Insane asylums Bombay 1873-77 - 1873-1877
Year: 1873
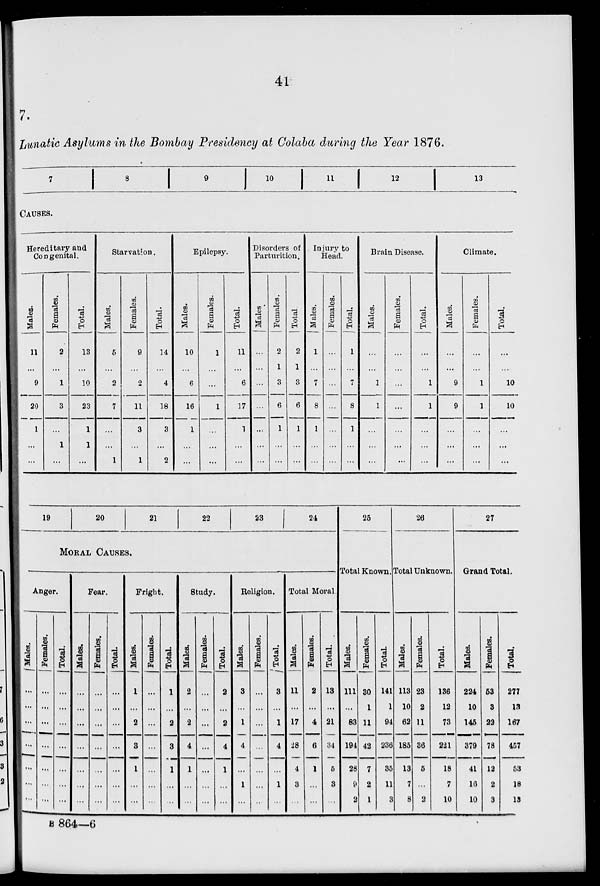
41
7.
Lunatic Asylums in the Bombay Presidency at Colaba during the Year 1876.
7
8
9
10 11 12
13
CAUSES.
Hereditary and
Congenital.
Males.
11
...
9
20
1
...
...
Females.
2
...
1
3
...
1
...
Total.
13
...
10
23
1
1
...
Starvation.
Males.
5
...
2
7
...
...
1
Females.
9
...
2
11
3
...
1
Total.
14
...
4
18
3
...
2
Epilepsy.
Males.
10
...
6
16
1
...
...
Females.
1
...
...
1
...
...
...
Total.
11
...
6
17
1
...
...
Disorders of
Parturition.
Males.
...
...
...
...
...
...
...
Females.
2
1
3
6
1
...
...
Total.
2
1
3
6
1
...
...
Injury to
Head.
Males.
1
...
7
8
1
...
...
Females.
...
...
...
...
...
...
...
Total.
1
...
7
8
1
...
...
Brain Disease.
Males.
...
...
1
1
...
...
...
Females.
...
...
...
...
...
...
...
Total.
...
...
1
1
...
...
...
Climate.
Males.
...
...
9
9
...
...
...
Females.
...
...
1
1
...
...
...
Total.
...
...
10
10
...
...
...
19
20
21
22
23
24
MORAL CAUSES.
Anger.
Males.
...
...
...
...
...
...
...
Females.
...
...
...
...
...
...
...
Total.
...
...
...
...
...
...
...
Fear.
Males.
...
...
...
...
...
...
...
Females.
...
...
...
...
...
...
...
Total.
...
...
...
...
...
...
...
Fright.
Males.
1
...
2
3
1
...
...
Females.
...
...
...
...
...
...
...
Total.
1
...
2
3
1
...
...
Study.
Males.
2
...
2
4
1
...
...
Females.
...
...
...
...
...
...
...
Total.
2
...
2
4
1
...
...
Religion.
Males.
3
...
1
4
...
1
...
Females.
...
...
...
...
...
...
...
Total.
3
...
1
4
...
1
...
Total Moral.
Males.
11
...
17
28
4
3
...
Females.
2
...
4
6
1
...
...
Total.
13
...
21
34
5
3
...
25
Total Known.
Males.
111
...
83
194
28
9
2
Females.
30
1
11
42
7
2
1
Total.
141
1
94
236
35
11
3
26
Total Unknown.
Males.
113
10
62
185
13
7
8
Females.
23
2
11
36
5
...
2
Total.
136
12
73
221
18
7
10
27
Grand Total.
Males.
224
10
145
379
41
16
10
Females.
53
3
22
78
12
2
3
Total.
277
13
167
457
53
18
13
B 864—6